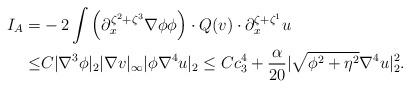
LaTeX: \begin{align*}I_A=&-2\int \Big(\partial^{\zeta^2+\zeta^3}_x \nabla \phi \phi\Big) \cdot Q(v) \cdot \partial^{\zeta+\zeta^1}_xu\\\leq &C|\nabla^3 \phi|_2|\nabla v|_\infty|\phi\nabla^4 u|_2\leq Cc^4_3+\frac{\alpha}{20}|\sqrt{\phi^2+\eta^2}\nabla^4 u|^2_2.\end{align*}